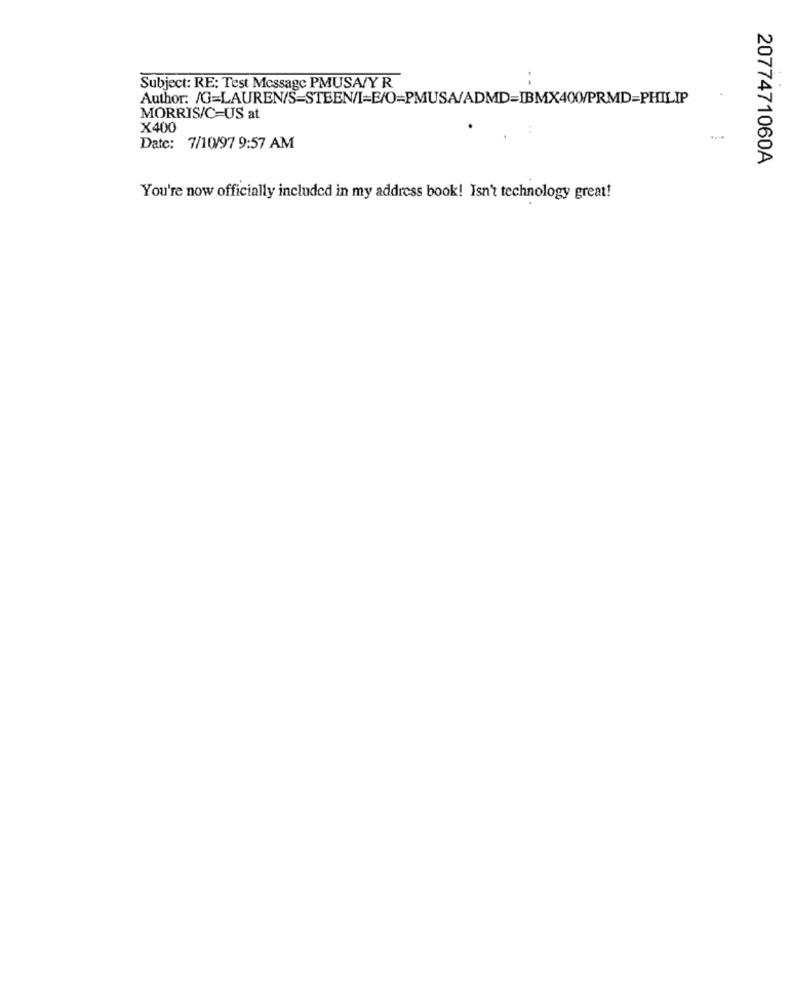
Subject: RE: Test Message PMUSA/Y R.
Author: /G=LAUREN/S=STEEN/I=E/O=PMUSA/ADMD=IBMX400/PRMD=PHILIP
MORRIS/C=US at
X400
Date: 7/10/97 9:57 AM
2077471060A
You're now officially included in my address book! Isn't technology great!